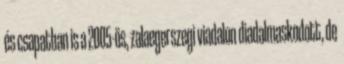
és csapatban is a 2005-ös, zalaegerszegi viadalon diadalmaskodott, de